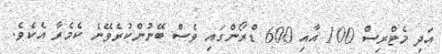
އަދި މެޓްރިސް 100 އާއި 600 ޑްރޯންގައި ވެސް ބޭނުންކުރެވޭނެ ކެމެރާ އެކެވެ.